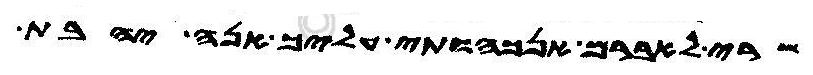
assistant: שרי לאברם אנכהותי עליך אנה יהבת